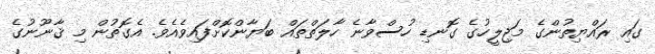
ގައި ރައްޔިތުންގެ މަޖިލީހުގެ ގޮނޑި ހުސްވާނެ ހާލަތްތައް ބަޔާންކޮށްފައިވެއެވެ. އެގޮތުން މި ޤާނޫނުގެ